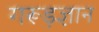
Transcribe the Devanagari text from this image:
गरूड़ज्ञान